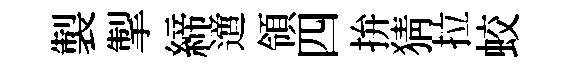
製掣締𨗁領四拚猜拉蛟